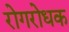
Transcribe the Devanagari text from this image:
रोगरोधक